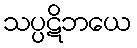
သပ္ပဋိဘယေ